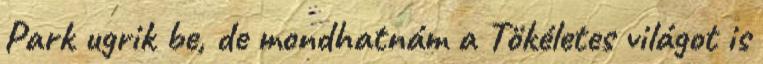
Park ugrik be, de mondhatnám a Tökéletes világot is